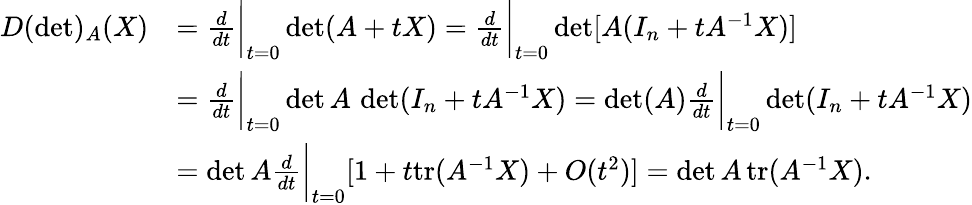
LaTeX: \begin{array}{rl}{D(\operatorname*{det})_{A}(X)}&{=\frac{d}{dt}\bigg\vert_{t=0}\operatorname*{det}(A+tX)=\frac{d}{dt}\bigg\vert_{t=0}\operatorname*{det}[A(I_{n}+tA^{-1}X)]}\\ &{=\frac{d}{dt}\bigg\vert_{t=0}\operatorname*{det}A\, \operatorname*{det}(I_{n}+tA^{-1}X)=\operatorname*{det}(A)\frac{d}{dt}\bigg\vert_{t=0}\operatorname*{det}(I_{n}+tA^{-1}X)}\\ &{=\operatorname*{det}A\frac{d}{dt}\bigg\vert_{t=0}[1+t\mathrm{tr}(A^{-1}X)+O(t^{2})]=\operatorname*{det}A\, \mathrm{tr}(A^{-1}X).}\end{array}